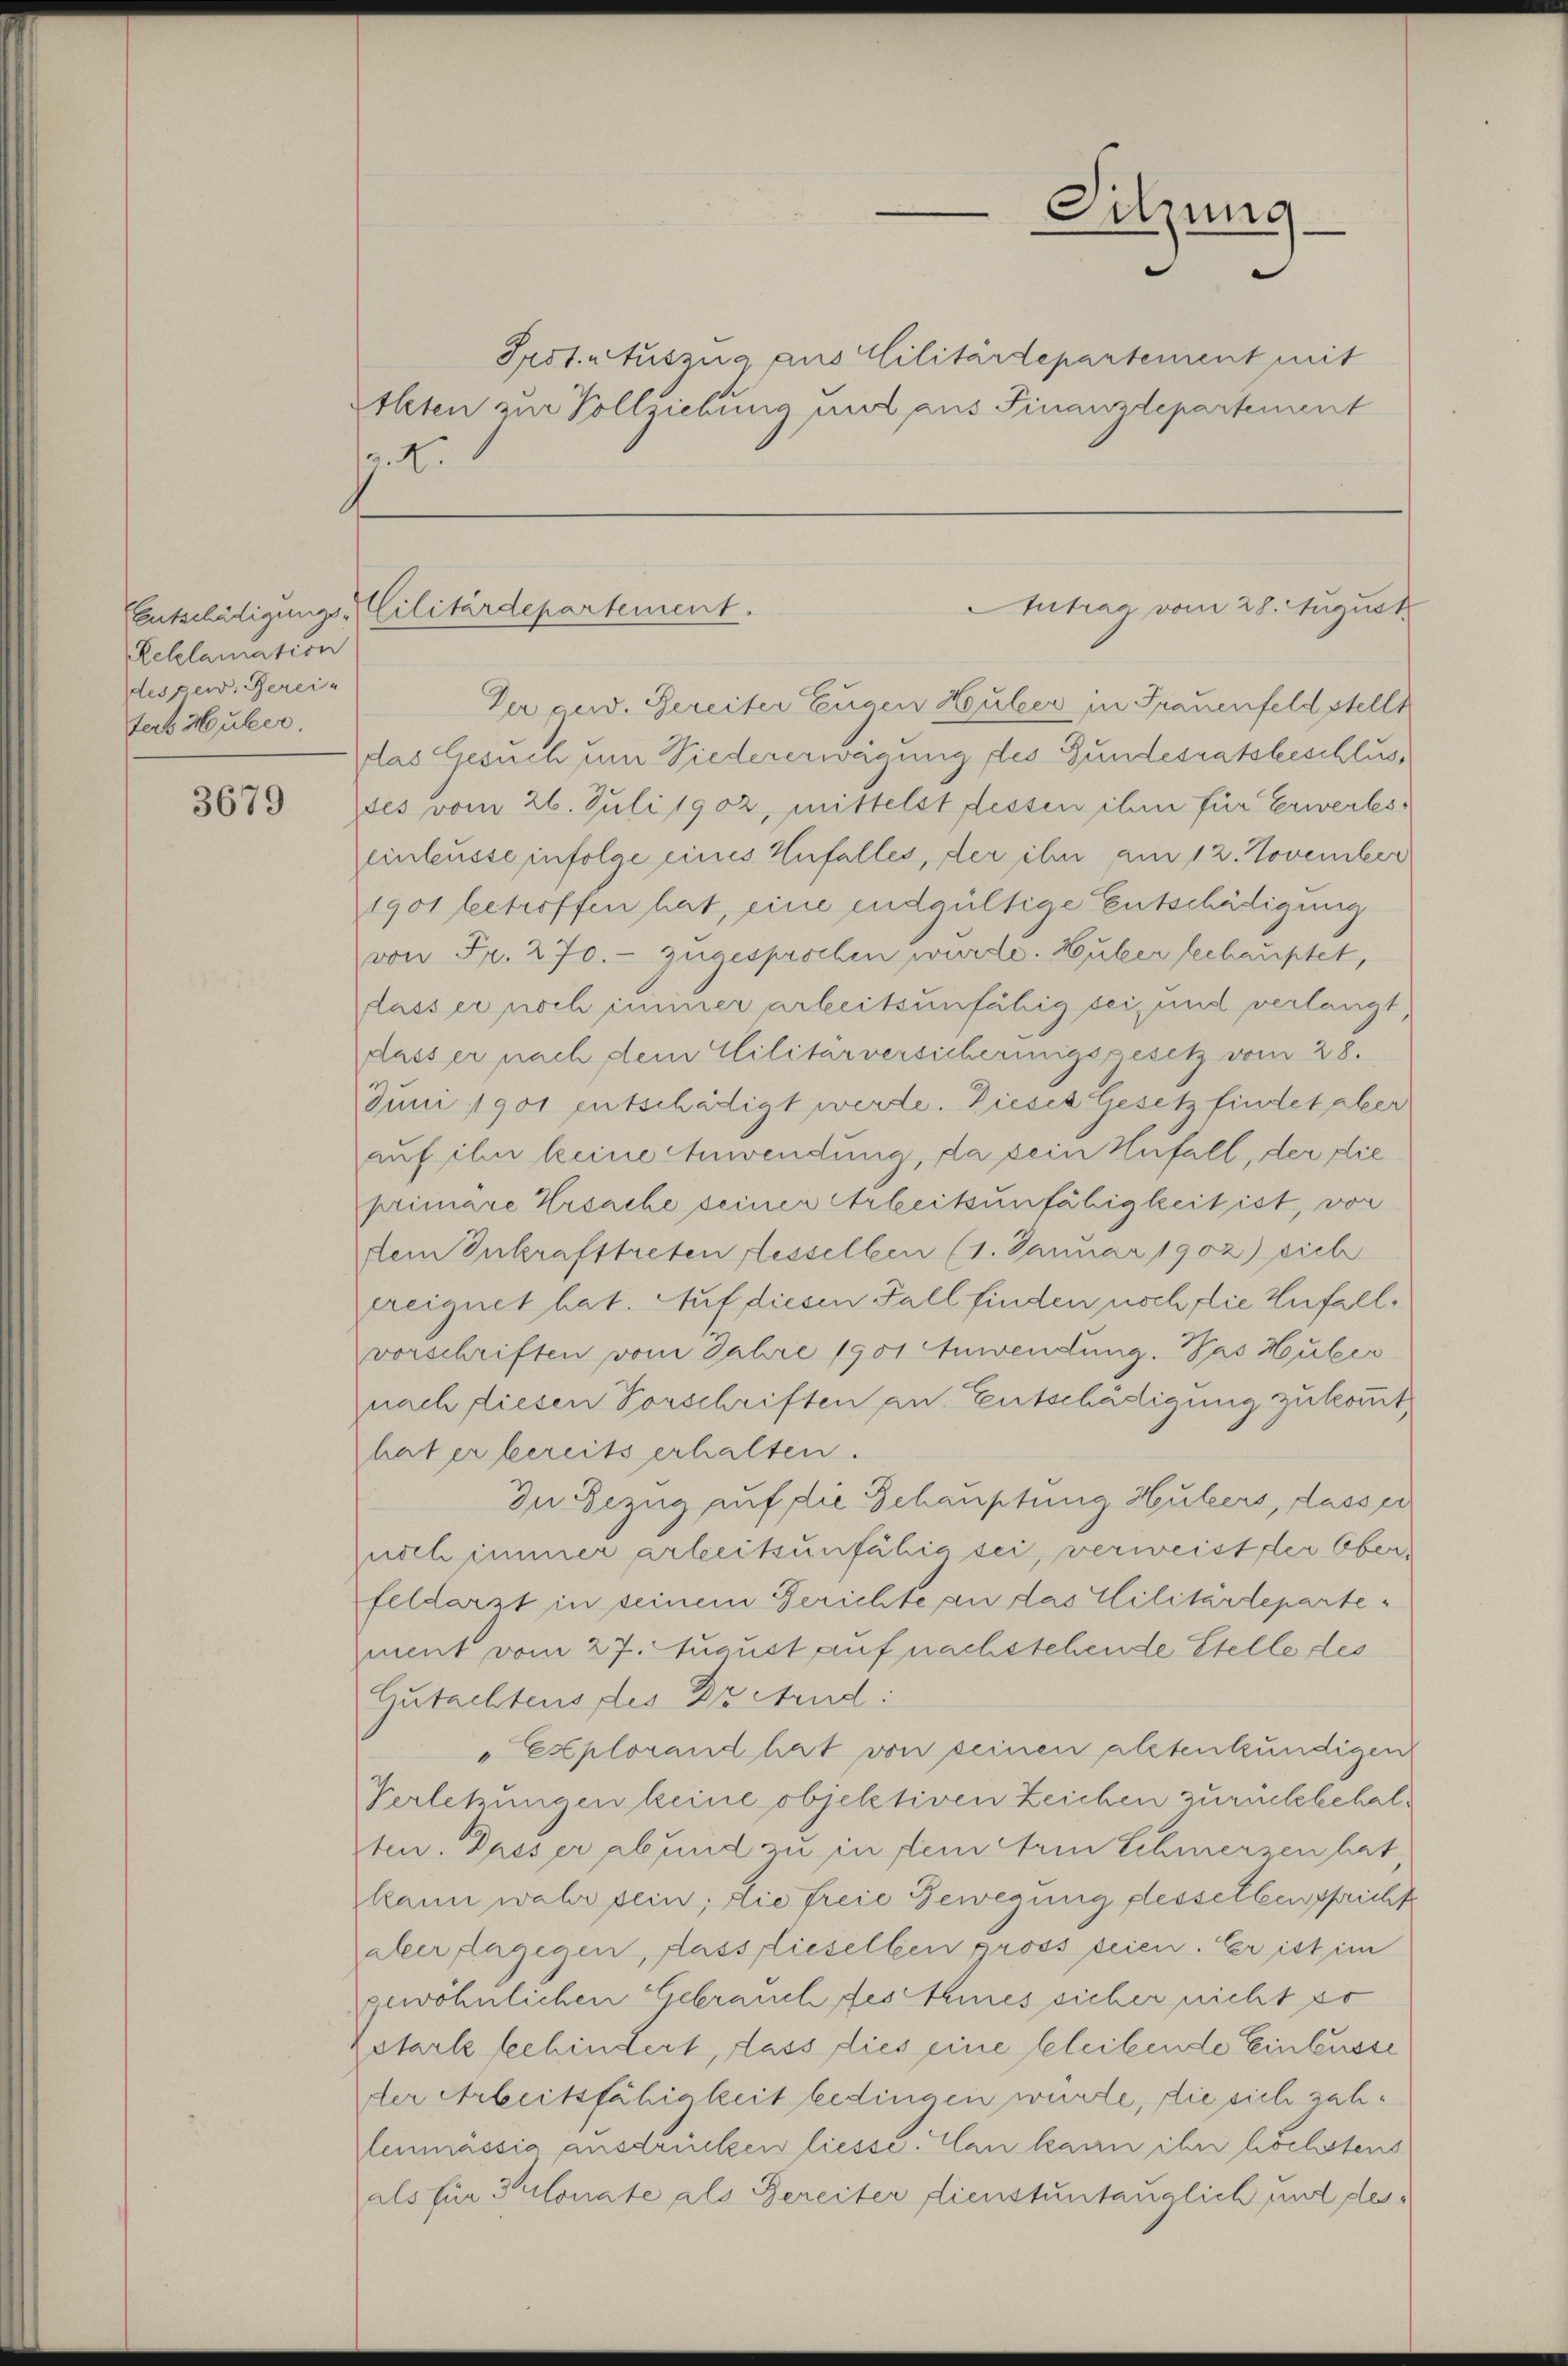
Entschädigungs-
Reklamation
des per. Berein
fers Huber.

3679

Irot. Auszug aus Militärdepartement mit
Athten zur Vollziehung und aus Finanzdepartement
get.

Cilitärdepartement.

Sitzung
e

Antrag, vom 28. August

Der cud. Gereiter Eugen Heuler in Frauenfeld stellt
das Gesuch um Niedererweigung des Bundesratsbeschlusdes vom 26. Juli 1902, mittelst dessen ihm für Erwerbespeinleusse infolge eines Unfalles, der ihn am 12. November
1901 betroffen hat, eine endgültige Entschädigung
von Fr. 270. zugesprochen würde. Huber beehauptet,
dass er noch iminer arbeitsunfähig sei, und verlangt,
Aasser nach dem Militärversicherungsgesetz vom 28.
Juni 1901 entschädigt werde. Dieses Gesetz findet aber
auf ihn keine Anwendung, da sein Anfall, der die
primare Ursache seiner Arbeitsunfähigkeit ist, von
dem Inkrafttreten Fesselben (1. Januar 1902) sich
ereignet hat. Auf diesen Fall finden noch die Zufallvorschriften vom Jahre 1901 Anwendung. Das Huber
nach diesen Vorschriften an Entschädigung zukommt,
hat er bereits erhalten.
In Bezug auf die Schauptung Hüllers, dass er
noch immer arbeitsunfähig sei, verweist der Oberfeldarzt in seinem Gerichte an das Militärdepartement vom 27. August auf nachstehende Stelle des
Gutachtens des Dr Mend:
Explorand hat von seinen altenkundigen
Verletzungen keine objektiven Zeichen zurückbehalten. Dieser ab und zu in dem Arm Schmerzen hat
kann wahr sein; die freie Bewegung desselben spricht
aber dagegen, Aassflieselben pross seien. Er ist im
gewöhnlichen Gebrauch festhines sicher nicht so
Zetark schindert, dass dies eine bleibende Einbusse
der Arbeitsfähigkeit bedingen würde, die sich zahlenmässig ausdrücken liesse. Man kann ihn höchstens
als für Plonate als Bereiter dienstuntänglich und des¬